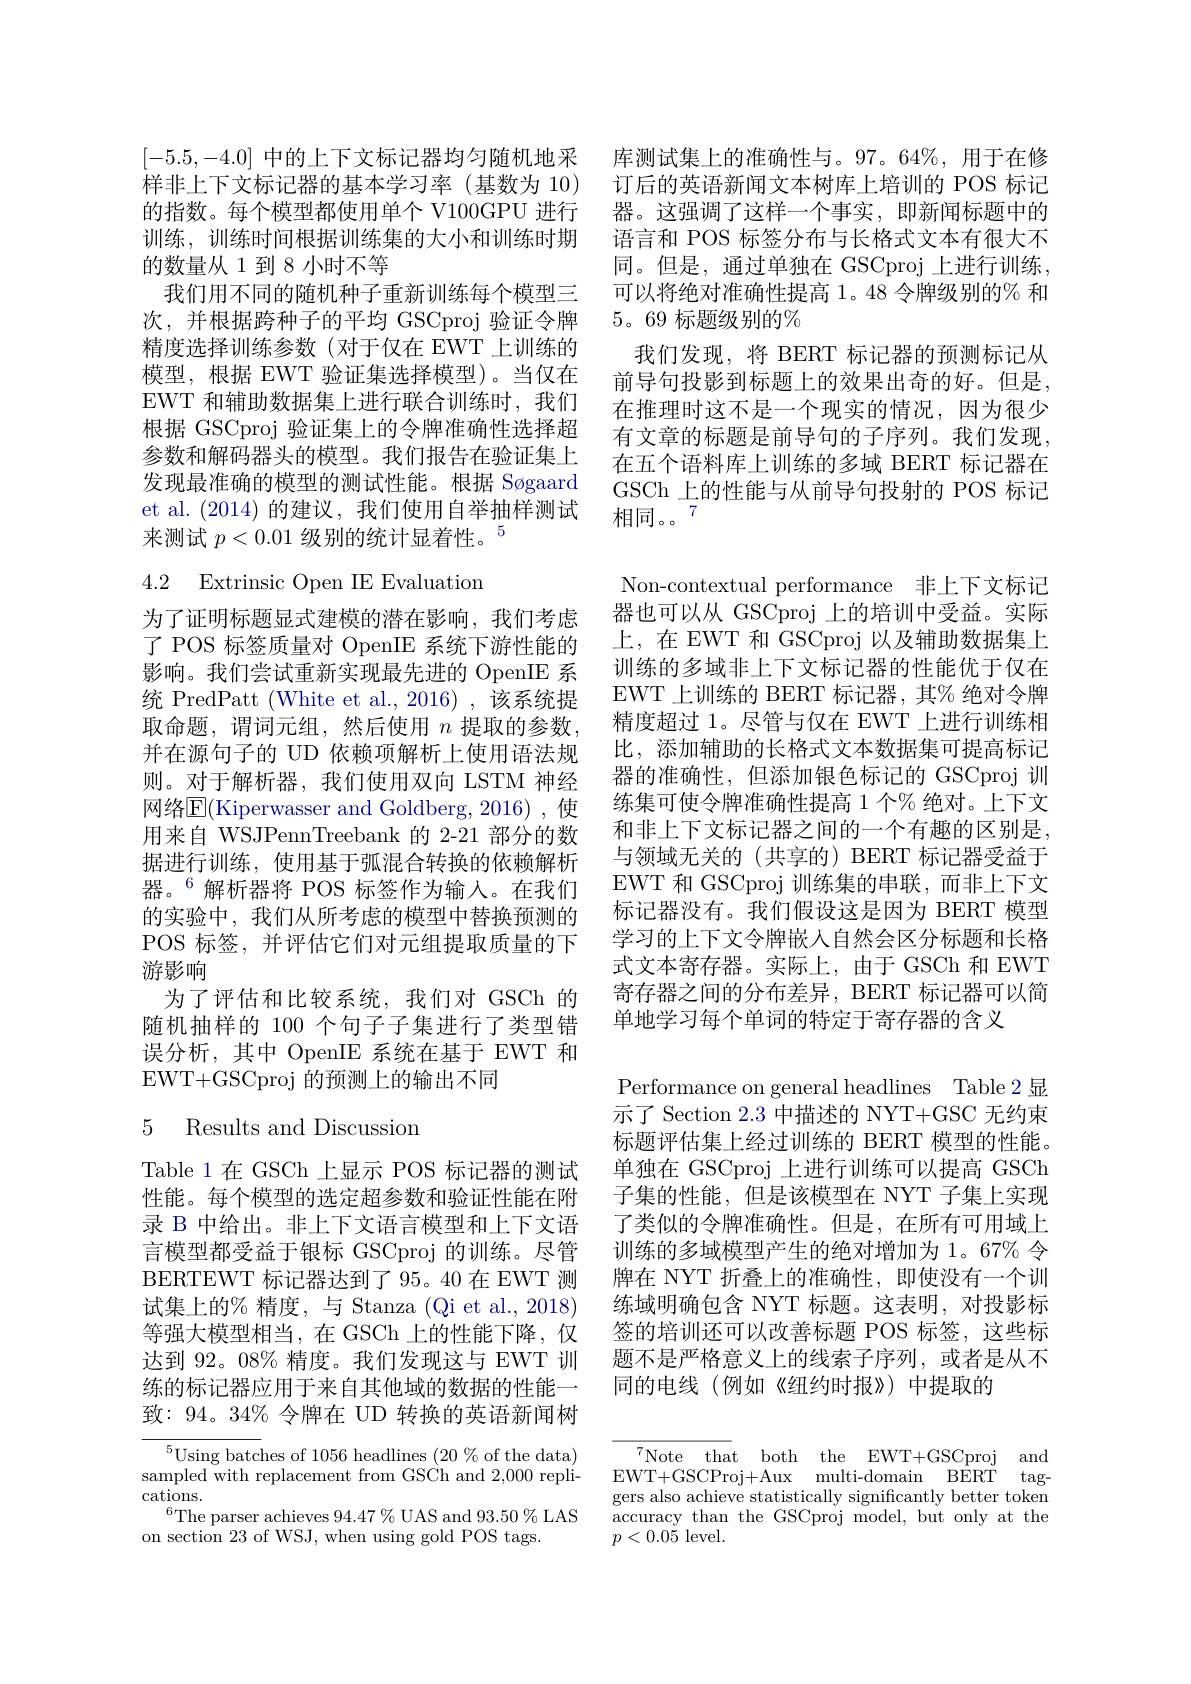
的数量从 1 到 8 小时不等
我们用不同的随机种子重新训练每个模型三次，并根据跨种子的平均 GSCproj 验证令牌精度选择训练参数(对于仅在 EWT 上训练的模型，根据 EWT 验证集选择模型)。当仅在EWT 和辅助数据集上进行联合训练时，我们根据 GSCproj 验证集上的令牌准确性选择超参数和解码器头的模型。我们报告在验证集上发现最准确的模型的测试性能。根据 Søgaard et al. (2014)的建议，我们使用自举抽样测试来测试$p<0.01\text{ 级别的统计显着性。}^{5}$

# 4.2 Extrinsic Open IE Evaluation

为了证明标题显式建模的潜在影响，我们考虑了 POS 标签质量对 OpenIE 系统下游性能的影响。我们尝试重新实现最先进的 OpenIE 系统 PredPatt (White et al.,2016),该系统提取命题，谓词元组，然后使用 $n$ 提取的参数， 并在源句子的 UD 依赖项解析上使用语法规则。对于解析器，我们使用双向 LSTM 神经网络$\overline{\mathrm{E}}($Kiperwasser and Goldberg, 2016) , 使用来自 WSJPennTreebank 的 2-21 部分的数据进行训练，使用基于弧混合转换的依赖解析器。解析器将 POS 标签作为输人。在我们的实验中，我们从所考虑的模型中替换预测的POS 标签，并评估它们对元组提取质量的下游影响
为了评估和比较系统，我们对 GSCh 的随机抽样的 100 个句子子集进行了类型错误分析，其中 OpenIE 系统在基于 EWT 和EWT+GSCproj 的预测上的输出不同

# 5 Results and Discussion

Table 1在 GSCh 上显示 POS 标记器的测试性能。每个模型的选定超参数和验证性能在附录 B 中给出。非上下文语言模型和上下文语言模型都受益于银标 GSCproj 的训练。尽管BERTEWT 标记器达到了95。40 在 EWT 测试集上的% 精度，与 Stanza (Qi et al., 2018) 等强大模型相当，在 GSCh 上的性能下降，仅达到 92。08% 精度。我们发现这与 EWT 训练的标记器应用于来自其他域的数据的性能一致：94。34% 令牌在 UD 转换的英语新闻树

${^{5}\text{Using batches of 1056 headlines }(20\%\mathrm{~of~the~data)}}$ sampled with replacement from GSCh and 2,000 replications.
$^{6}$The parser achieves $94.47\%$ UAS and 93.50% LAS
on section 23 of WSJ, when using gold POS tags.

[-5.5,-4.0]中的上下文标记器均匀随机地采 库测试集上的准确性与。97。64%,用于在修样非上下文标记器的基本学习率 (基数为 10) 订后的英语新闻文本树库上培训的 POS 标记的指数。每个模型都使用单个 V100GPU 进行 器。这强调了这样一个事实，即新闻标题中的训练，训练时间根据训练集的大小和训练时期 语言和 POS 标签分布与长格式文本有很大不
同。但是，通过单独在 GSCproj 上进行训练， 可以将绝对准确性提高 1。48 令牌级别的% 和5。69标题级别的%
我们发现，将 BERT 标记器的预测标记从前导句投影到标题上的效果出奇的好。但是， 在推理时这不是一个现实的情况，因为很少有文章的标题是前导句的子序列。我们发现， 在五个语料库上训练的多域 BERT 标记器在GSCh 上的性能与从前导句投射的 POS 标记相同。。$^{7}$

Non-contextual performance 非上下文标记器也可以从 GSCproj 上的培训中受益。实际上，在 EWT 和 GSCproj 以及辅助数据集上训练的多域非上下文标记器的性能优于仅在EWT 上训练的 BERT 标记器，其% 绝对令牌精度超过 1。尽管与仅在 EWT 上进行训练相比，添加辅助的长格式文本数据集可提高标记器的准确性，但添加银色标记的 GSCproj 训练集可使令牌准确性提高 1 个% 绝对。上下文和非上下文标记器之间的一个有趣的区别是， 与领域无关的(共享的) BERT 标记器受益于EWT 和 GSCproj 训练集的串联，而非上下文标记器没有。我们假设这是因为 BERT 模型学习的上下文令牌嵌入自然会区分标题和长格式文本寄存器。实际上，由于 GSCh 和 EWT 寄存器之间的分布差异，BERT 标记器可以简单地学习每个单词的特定于寄存器的含义
Performance on general headlines Table 2 显示了 Section 2.3 中描述的 NYT+GSC 无约束标题评估集上经过训练的 BERT 模型的性能。单独在 GSCproj 上进行训练可以提高 GSCh 子集的性能，但是该模型在 NYT 子集上实现了类似的令牌准确性。但是，在所有可用域上训练的多域模型产生的绝对增加为 1。67% 令牌在 NYT 折叠上的准确性，即使没有一个训练域明确包含 NYT 标题。这表明，对投影标签的培训还可以改善标题 POS 标签，这些标题不是严格意义上的线索子序列，或者是从不同的电线(例如《纽约时报》)中提取的

$^{7}$Note that both the EWT+GSCproj and EWT+GSCProj+Aux multi-domain BERT taggers also achieve statistically significantly better token accuracy than the GSCproj model, but only at the $p<0.05$ level.